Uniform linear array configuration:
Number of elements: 32
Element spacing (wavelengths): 1
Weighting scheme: blackman
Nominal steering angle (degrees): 30
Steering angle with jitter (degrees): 28.978
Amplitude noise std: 0.05
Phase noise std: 0.05

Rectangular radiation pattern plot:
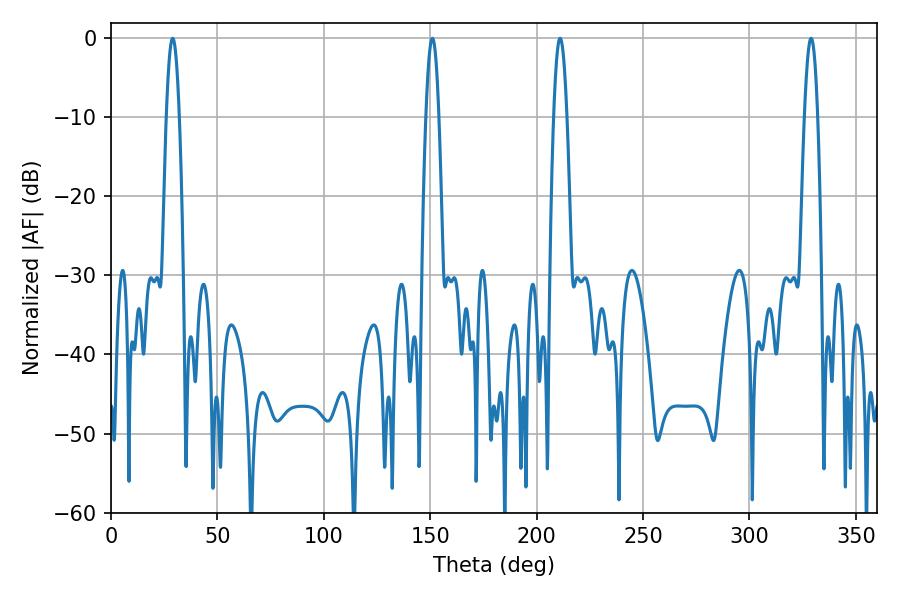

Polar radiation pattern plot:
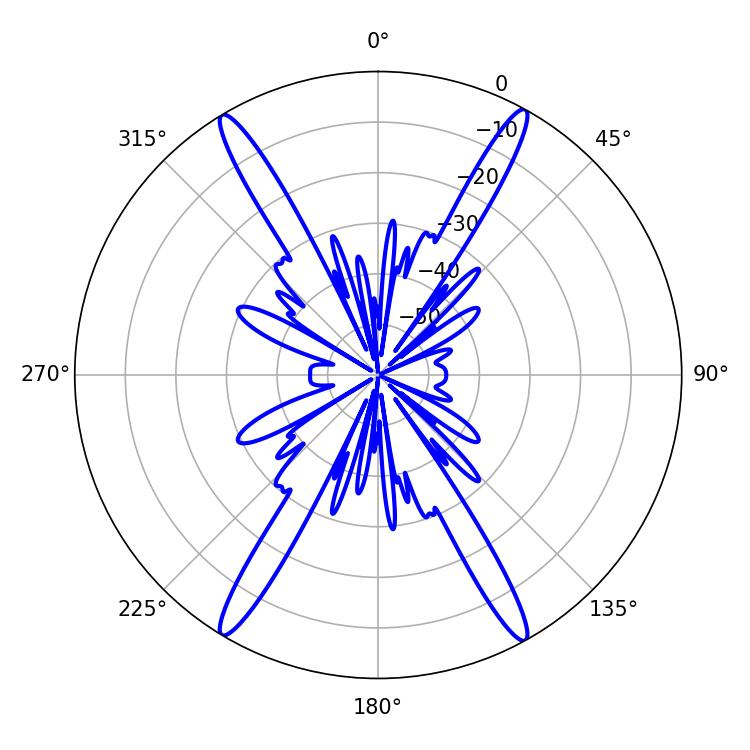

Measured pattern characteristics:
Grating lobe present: TRUE
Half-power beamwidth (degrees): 3.24
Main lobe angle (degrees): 28.98